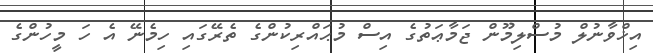
އިޚްވާނުލް މުސްލިމޫން ޖަމާޢަތުގެ އިސް މުޙައްރިކުންގެ ތެރޭގައި ހިމެނޭ އެ ހަ މީހުންގެ